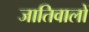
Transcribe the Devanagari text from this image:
जातिवालों